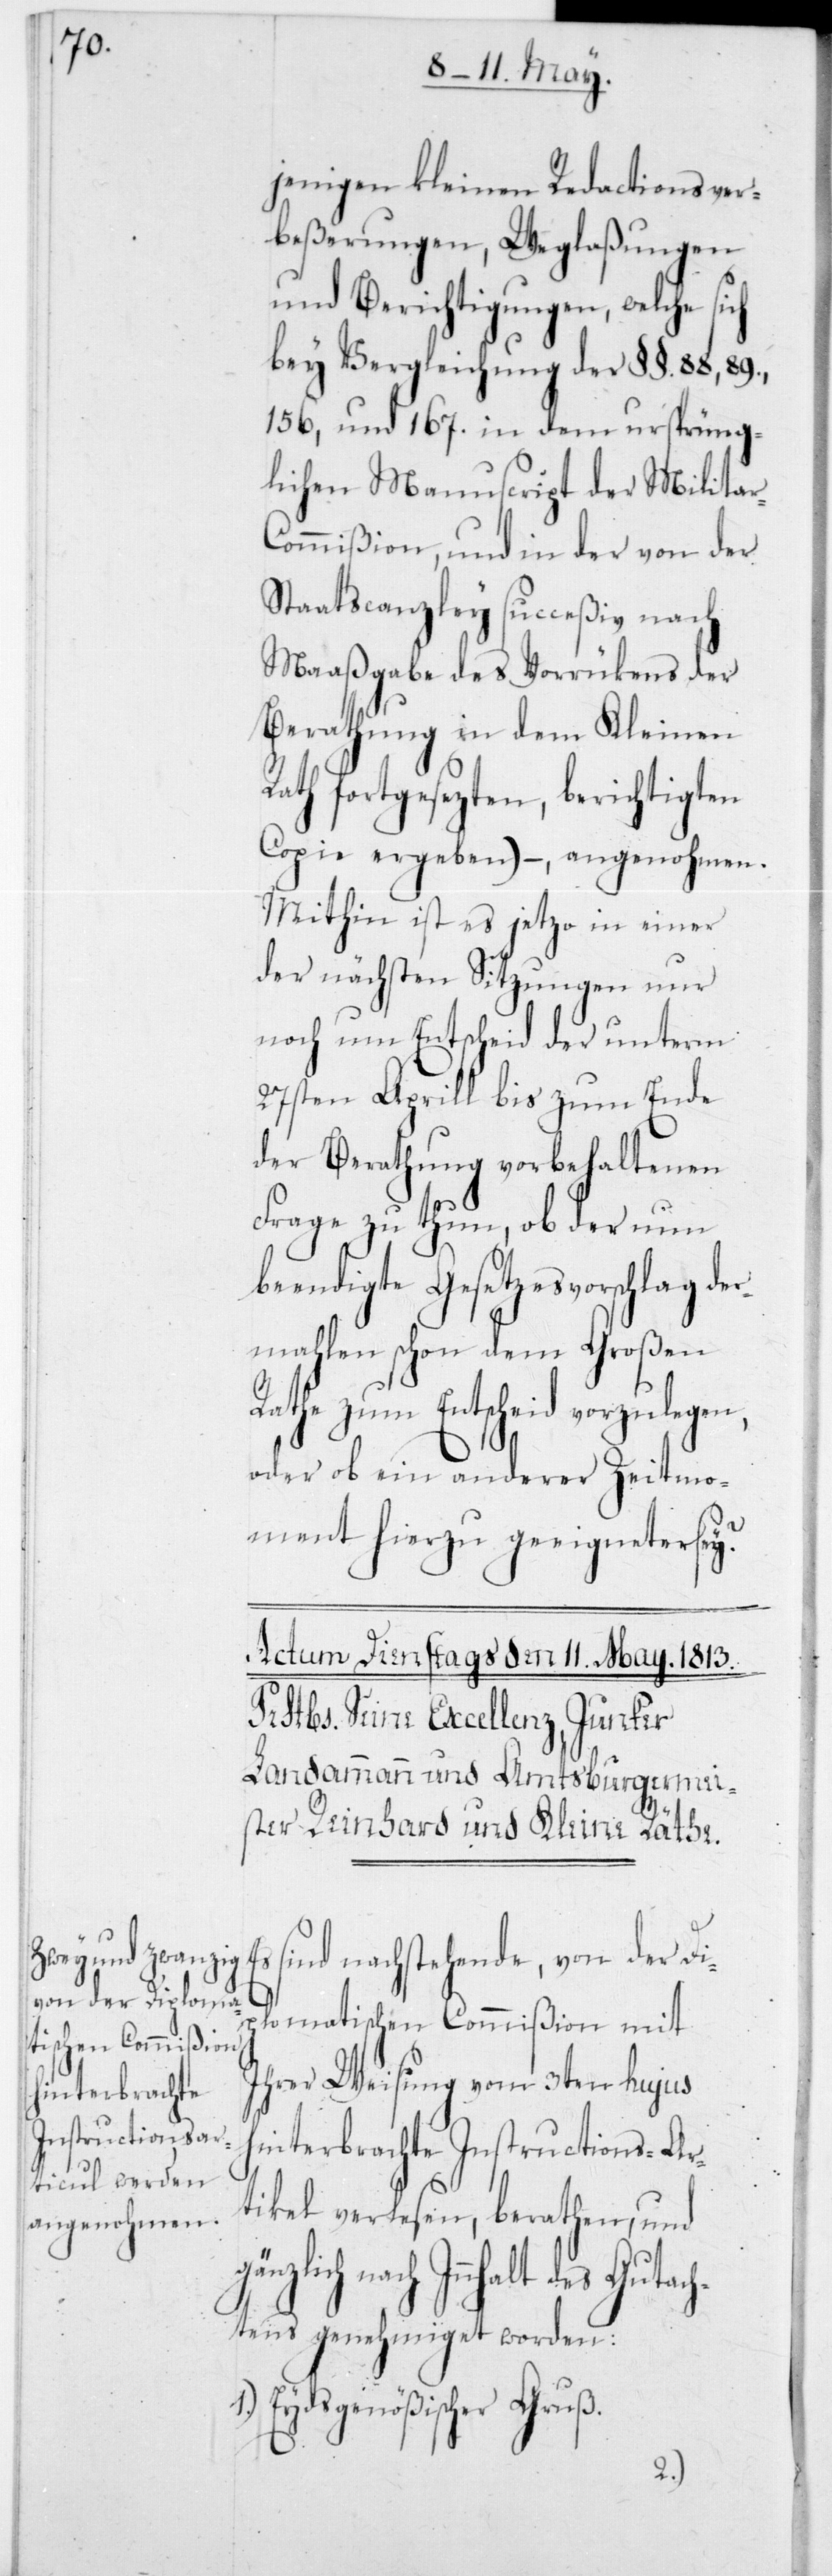
jenigen kleinen Redactionsver¬
beßerungen, Weglaßungen
und Berichtigungen, welche si¬
bey Vergleichung der §§ 88, 89,
156, und 167 in dem ursprüng¬
lichen Manuscript der Militar-C¬
ommißion, und in der von der
Staatscanzley succeßiv nach
Maaßgabe des Vorrükens der
Berathung in dem Kleinen
Rath fortgesezten, berichtigten
Copie ergeben) – angenohmen.
Mithin ist es jetzo in einer
der nächsten Sitzungen nur
noch um Entscheid der unterm
27sten Aprill bis zum Ende
der Berathung vorbehaltenen
Frage zu thun, ob der nun
beendigte Gesetzesvorschlag d¬
ermahlen schon dem Großen
Rathe zum Entscheid vorzulegen,
oder ob ein anderer Zeitmo¬
ment hierzu geeigneter sey?
Es sind nachstehende, von der dip¬
1.)
lomatischen Commißion mit
ihrer Weisung vom 3ten hujus
hinterbrachte
Instructions-Ar¬
tikel verlesen, berathen und
gänzlich nach Innhalt des Gutach¬
tens genehmiget worden:
Eydsgenößischer Gruß.